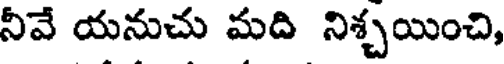
నీవే యనుచు మది నిశ్చయించి,